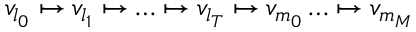
v _ { l _ { 0 } } \mapsto v _ { l _ { 1 } } \mapsto \ldots \mapsto v _ { l _ { T } } \mapsto v _ { m _ { 0 } } \ldots \mapsto v _ { m _ { M } }